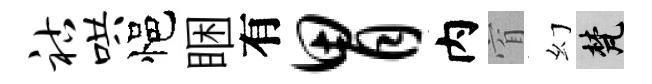
祜哄悒睏有胃内窅幻梵